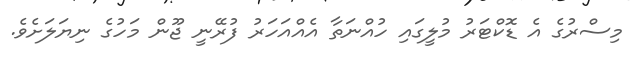
މިސްރުގެ އެ ޑޮކްޓަރު މުލީގައި ހުއްނަތާ އެއްއަހަރު ފުރޭނީ ޖޫން މަހުގެ ނިޔަލަށެވެ.